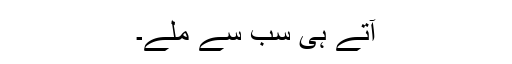
آتے ہی سب سے ملے۔